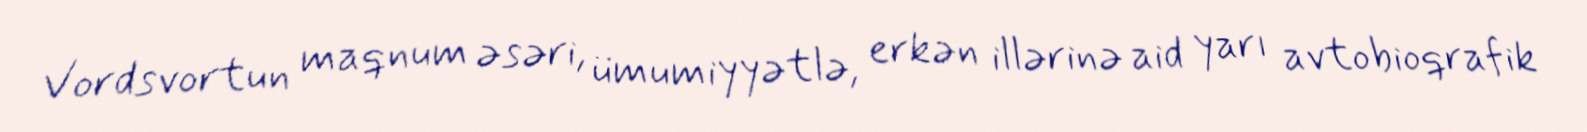
Vordsvortun maqnum əsəri, ümumiyyətlə, erkən illərinə aid yarı avtobioqrafik